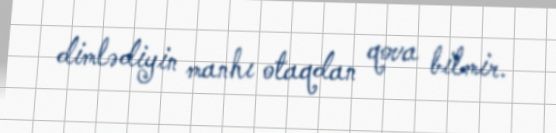
dimlədiyin manhı otaqdan qova bilmir.